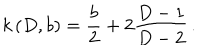
LaTeX: k \, ( D , b ) = { \frac { b } { 2 } } + 2 { \frac { D - 1 } { D - 2 } } \, .